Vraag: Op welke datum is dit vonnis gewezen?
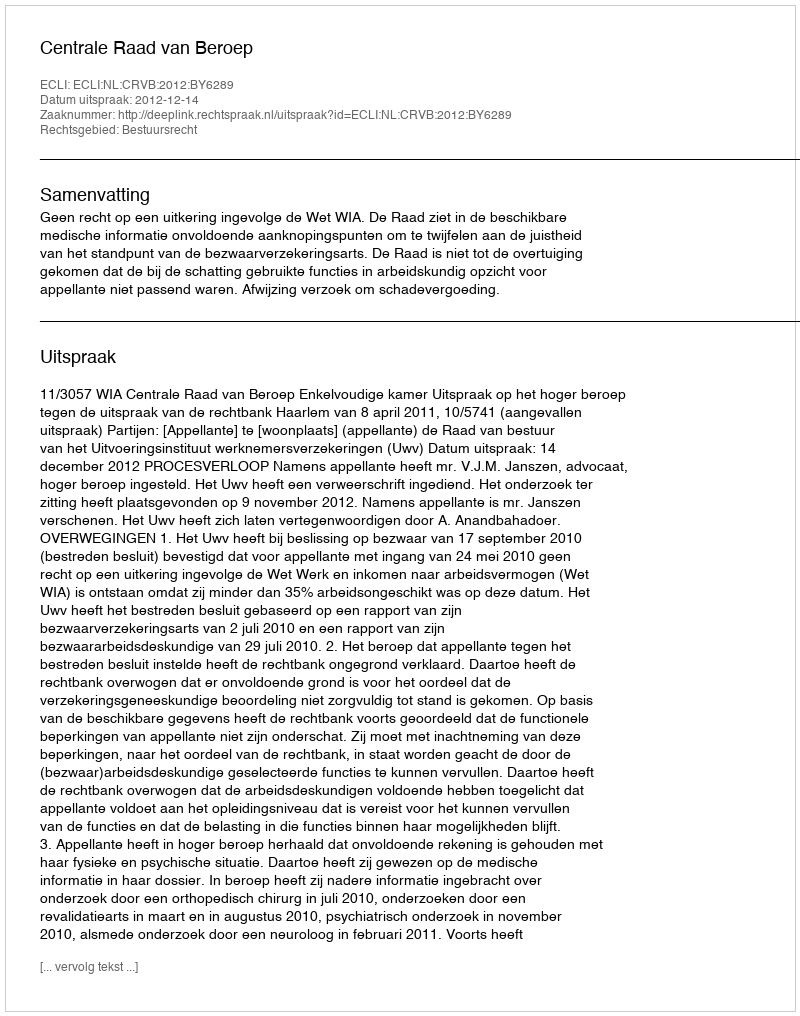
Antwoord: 2012-12-14